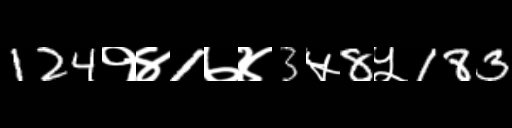
Text: 124१४1७४3५8५183